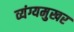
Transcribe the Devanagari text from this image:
व्यंग्यमुखर